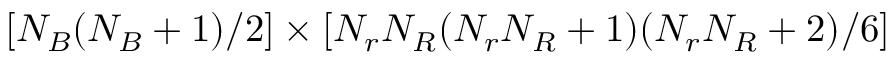
[ N _ { B } ( N _ { B } + 1 ) / 2 ] \times [ N _ { r } N _ { R } ( N _ { r } N _ { R } + 1 ) ( N _ { r } N _ { R } + 2 ) / 6 ]